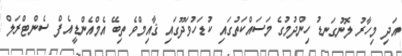
އަދި މިހާރު ލޮނުގަނޑު ހިންދުމުގެ މަސައްކަތުގައި ކުޑަހުވަދޫގައި ޤާއިމްވެ ތިބޭ އެމްއެންޑީއެފް ސެންޓްރަލް